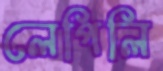
লেপিলি